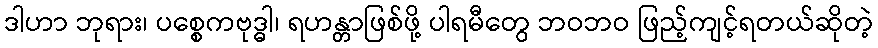
ဒါဟာ ဘုရား၊ ပစ္စေကဗုဒ္ဓါ၊ ရဟန္တာဖြစ်ဖို့ ပါရမီတွေ ဘဝဘဝ ဖြည့်ကျင့်ရတယ်ဆိုတဲ့